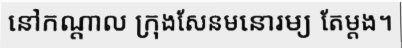
នៅកណ្តាល ក្រុងសែនមនោរម្យ តែម្តង។